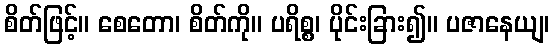
စိတ်ဖြင့်။ စေတော၊ စိတ်ကို။ ပရိစ္စ၊ ပိုင်းခြား၍။ ပဇာနေယျ၊